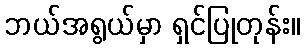
ဘယ်အရွယ်မှာ ရှင်ပြုတုန်း။